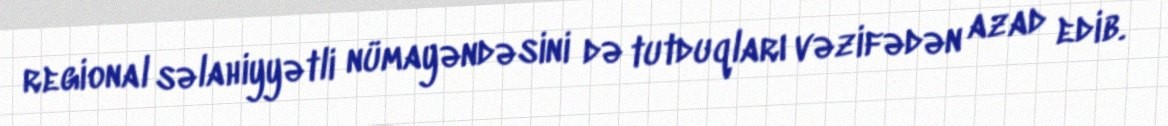
regional səlahiyyətli nümayəndəsini də tutduqları vəzifədən azad edib.